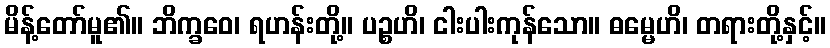
မိန့်တော်မူ၏။ ဘိက္ခဝေ၊ ရဟန်းတို့။ ပဉ္စဟိ၊ ငါးပါးကုန်သော။ ဓမ္မေဟိ၊ တရားတို့နှင့်။